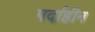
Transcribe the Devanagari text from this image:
पर्दाहीन